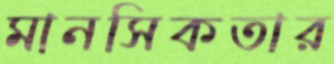
মানসিকতার